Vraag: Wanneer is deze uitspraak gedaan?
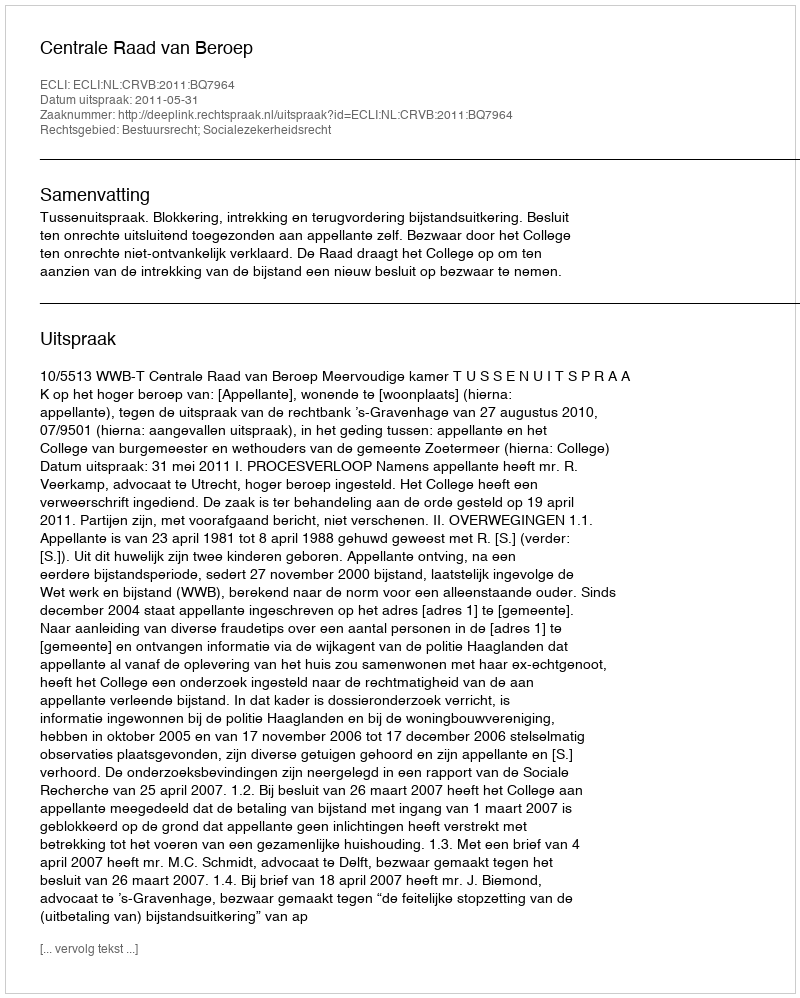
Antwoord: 2011-05-31